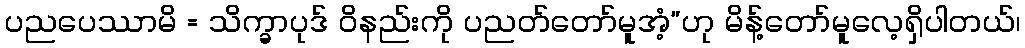
ပညပေဿာမိ = သိက္ခာပုဒ် ဝိနည်းကို ပညတ်တော်မူအံ့”ဟု မိန့်တော်မူလေ့ရှိပါတယ်၊